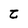
Character: t